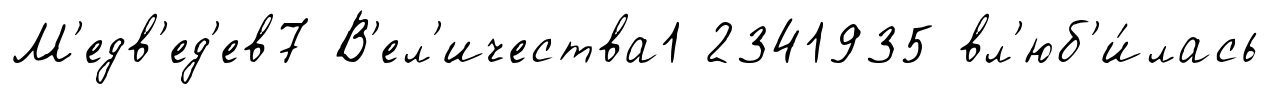
М'едв'ед'ев7 В'ел'ичества1 2341935 вл'юб'и́лась